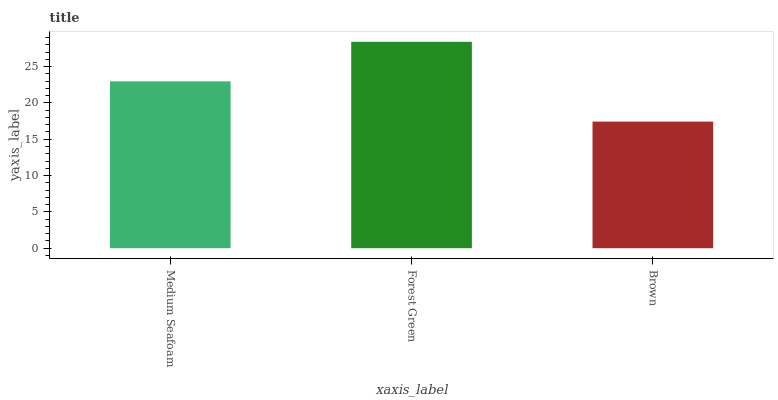
| xaxis_label | bars |
 | --- | --- |
 | Medium Seafoam | 23 |
 | Forest Green | 28.4 |
 | Brown | 17.4 |